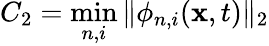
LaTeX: C_{2}=\operatorname*{min}_{n,i}\| \phi_{n,i}(\boldsymbol{\mathbf{x}},t)\| _{2}